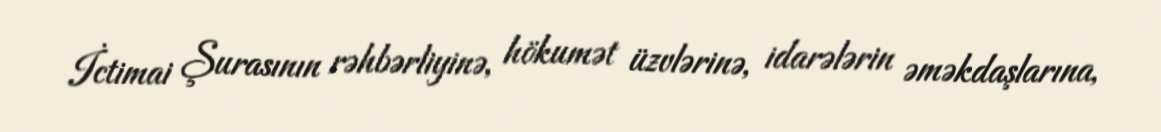
İctimai Şurasının rəhbərliyinə, hökumət üzvlərinə, idarələrin əməkdaşlarına,